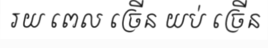
រយ ពេល ច្រើន យប់ ច្រើន